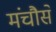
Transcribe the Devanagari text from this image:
मंचौसे